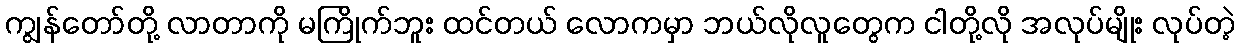
ကျွန်တော်တို့ လာတာကို မကြိုက်ဘူး ထင်တယ် လောကမှာ ဘယ်လိုလူတွေက ငါတို့လို အလုပ်မျိုး လုပ်တဲ့